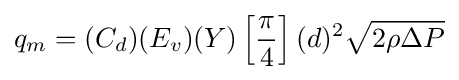
q_{m}=(C_{d})(E_{v})(Y)\left[{\frac {\pi }{4}}\right](d)^{2}{\sqrt {2\rho \Delta P}}